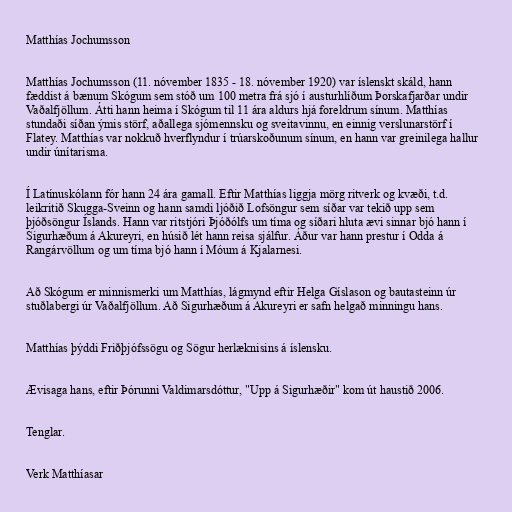
Matthías Jochumsson

Matthías Jochumsson (11. nóvember 1835 - 18. nóvember 1920) var íslenskt skáld, hann
fæddist á bænum Skógum sem stóð um 100 metra frá sjó í austurhlíðum Þorskafjarðar undir
Vaðalfjöllum. Átti hann heima í Skógum til 11 ára aldurs hjá foreldrum sínum. Matthías
stundaði síðan ýmis störf, aðallega sjómennsku og sveitavinnu, en einnig verslunarstörf í
Flatey. Matthías var nokkuð hverflyndur í trúarskoðunum sínum, en hann var greinilega hallur
undir únítarisma.

Í Latínuskólann fór hann 24 ára gamall. Eftir Matthías liggja mörg ritverk og kvæði, t.d.
leikritið Skugga-Sveinn og hann samdi ljóðið Lofsöngur sem síðar var tekið upp sem
þjóðsöngur Íslands. Hann var ritstjóri Þjóðólfs um tíma og síðari hluta ævi sinnar bjó hann í
Sigurhæðum á Akureyri, en húsið lét hann reisa sjálfur. Áður var hann prestur í Odda á
Rangárvöllum og um tíma bjó hann í Móum á Kjalarnesi.

Að Skógum er minnismerki um Matthías, lágmynd eftir Helga Gíslason og bautasteinn úr
stuðlabergi úr Vaðalfjöllum. Að Sigurhæðum á Akureyri er safn helgað minningu hans.

Matthías þýddi Friðþjófssögu og Sögur herlæknisins á íslensku.

Ævisaga hans, eftir Þórunni Valdimarsdóttur, "Upp á Sigurhæðir" kom út haustið 2006.

Tenglar.

Verk Matthíasar